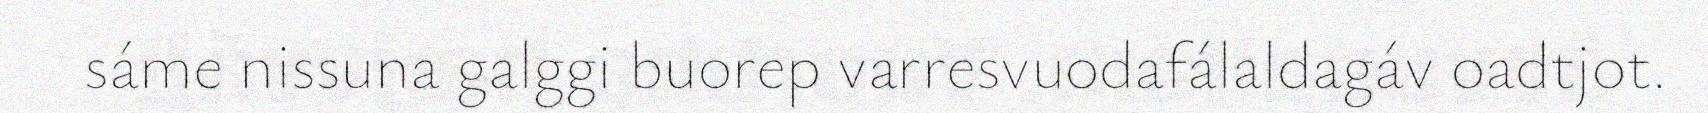
sáme nissuna galggi buorep varresvuodafálaldagáv oadtjot.